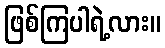
ဖြစ်ကြပါရဲ့လား။